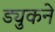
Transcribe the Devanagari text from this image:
ड्युकने